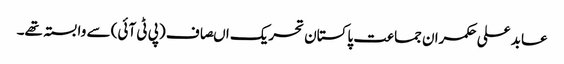
عابد علی حکمران جماعت پاکستان تحریک اںصاف (پی ٹی آئی) سے وابستہ تھے۔